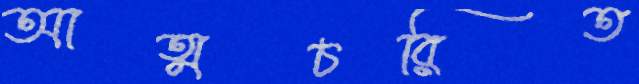
আত্মচরিত